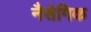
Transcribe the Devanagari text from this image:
नैसेगिक